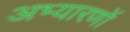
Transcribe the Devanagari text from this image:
अभ्यारणों